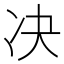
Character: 决